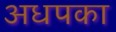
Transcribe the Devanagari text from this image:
अधपका